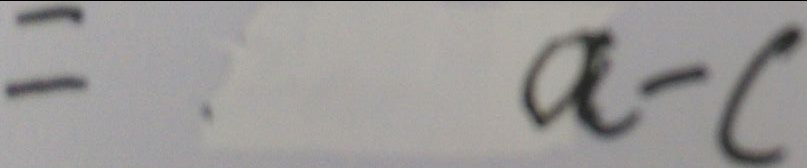
= a - c